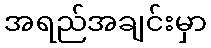
အရည်အချင်းမှာ